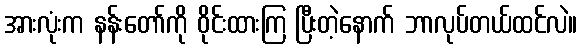
အားလုံးက နန်းတော်ကို ဝိုင်းထားကြ ပြီးတဲ့နောက် ဘာလုပ်တယ်ထင်လဲ။